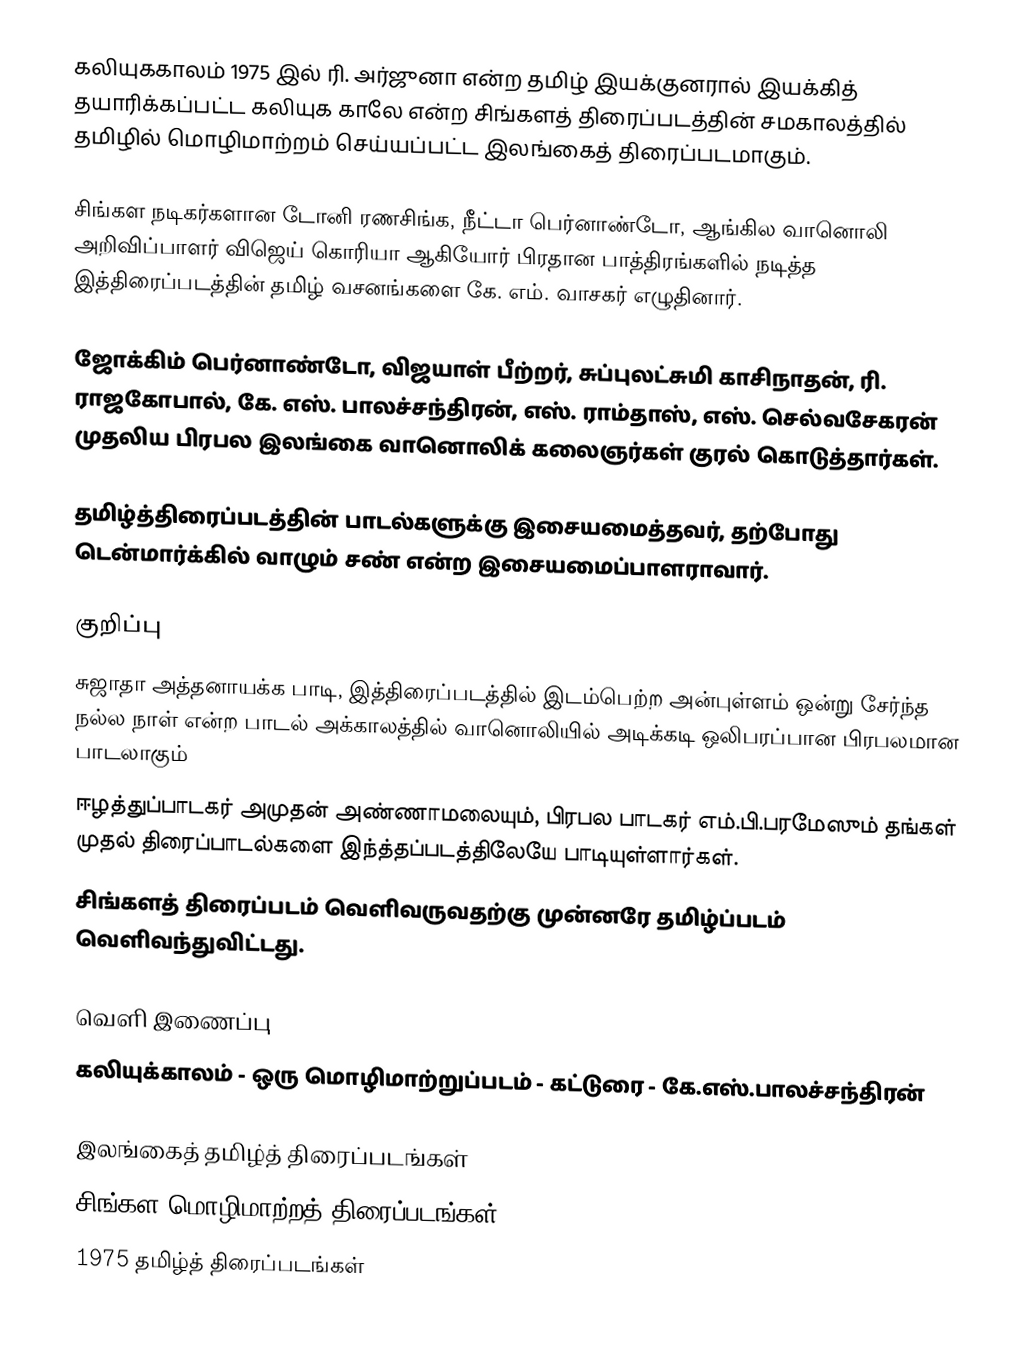
கலியுககாலம் 1975 இல் ரி. அர்ஜுனா என்ற தமிழ் இயக்குனரால் இயக்கித் தயாரிக்கப்பட்ட கலியுக காலே என்ற சிங்களத் திரைப்படத்தின் சமகாலத்தில் தமிழில் மொழிமாற்றம் செய்யப்பட்ட இலங்கைத் திரைப்படமாகும்.

சிங்கள நடிகர்களான டோனி ரணசிங்க, நீட்டா பெர்னாண்டோ, ஆங்கில வானொலி அறிவிப்பாளர் விஜெய் கொரியா ஆகியோர் பிரதான பாத்திரங்களில் நடித்த இத்திரைப்படத்தின் தமிழ் வசனங்களை கே. எம். வாசகர் எழுதினார்.

ஜோக்கிம் பெர்னாண்டோ, விஜயாள் பீற்றர், சுப்புலட்சுமி காசிநாதன், ரி. ராஜகோபால், கே. எஸ். பாலச்சந்திரன், எஸ். ராம்தாஸ், எஸ். செல்வசேகரன் முதலிய பிரபல இலங்கை வானொலிக் கலைஞர்கள் குரல் கொடுத்தார்கள்.

தமிழ்த்திரைப்படத்தின் பாடல்களுக்கு இசையமைத்தவர், தற்போது டென்மார்க்கில் வாழும் சண் என்ற இசையமைப்பாளராவார்.

குறிப்பு
 சுஜாதா அத்தனாயக்க பாடி, இத்திரைப்படத்தில் இடம்பெற்ற அன்புள்ளம் ஒன்று சேர்ந்த நல்ல நாள் என்ற பாடல் அக்காலத்தில் வானொலியில் அடிக்கடி ஒலிபரப்பான பிரபலமான பாடலாகும்
 ஈழத்துப்பாடகர் அமுதன் அண்ணாமலையும், பிரபல பாடகர் எம்.பி.பரமேஸும் தங்கள் முதல் திரைப்பாடல்களை இந்த்தப்படத்திலேயே பாடியுள்ளார்கள்.
 சிங்களத் திரைப்படம் வெளிவருவதற்கு முன்னரே தமிழ்ப்படம் வெளிவந்துவிட்டது.

வெளி இணைப்பு
  கலியுக்காலம் - ஒரு மொழிமாற்றுப்படம் - கட்டுரை - கே.எஸ்.பாலச்சந்திரன்

இலங்கைத் தமிழ்த் திரைப்படங்கள்
சிங்கள மொழிமாற்றத் திரைப்படங்கள்
1975 தமிழ்த் திரைப்படங்கள்